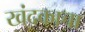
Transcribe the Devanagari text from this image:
खंदकाचा